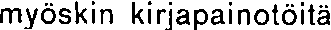
myöskin kirjapainotöitä